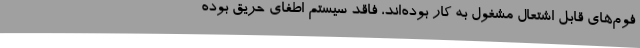
فوم‌های قابل اشتعال مشغول به کار بوده‌اند، فاقد سیستم اطفای حریق بوده